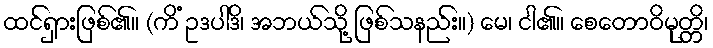
ထင်ရှားဖြစ်၏။ (ကိံ ဥဒပါဒိ၊ အဘယ်သို့ ဖြစ်သနည်း။) မေ၊ ငါ၏။ စေတောဝိမုတ္တိ၊